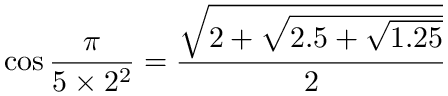
\cos { \frac { \pi } { 5 \times 2 ^ { 2 } } } = { \frac { \sqrt { 2 + { \sqrt { 2 . 5 + { \sqrt { 1 . 2 5 } } } } } } { 2 } }